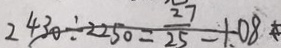
2 4 3 0 \div 2 2 5 0 = \frac { 2 7 } { 2 5 } = 1 . 0 8